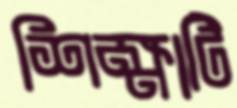
শিক্ষাটি